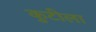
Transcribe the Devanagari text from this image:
कुटीला